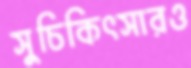
সুচিকিৎসারও